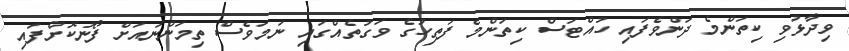
ވިދާޅުވި ކިތަންމެ ދަންވެފައި ހުއްޓަސް ކިތަންމެ ފަތިހުގެ ވަގުތެއްގައި ނަމަވެސް ތިމަންނައަށް ފޯނުކޮށްފައި